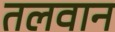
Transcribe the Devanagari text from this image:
तलवान